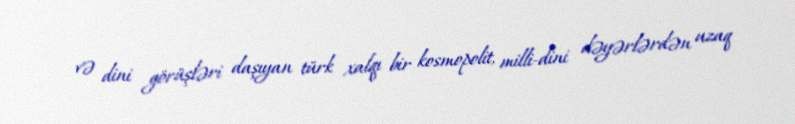
və dini görüşləri daşıyan türk xalqı bir kosmopolit, milli-dini dəyərlərdən uzaq